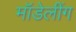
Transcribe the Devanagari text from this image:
मॉडेलींग